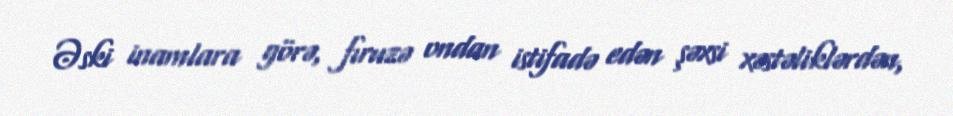
Əski inamlara görə, fıruzə ondan istifadə edən şəxsi xəstəliklərdən,